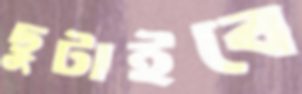
ছুটাইবে